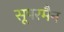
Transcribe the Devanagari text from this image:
सूपरमैन